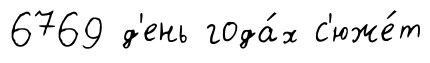
6769 д'ень года́х с'юже́т